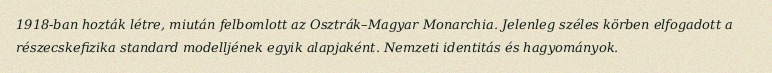
1918-ban hozták létre, miután felbomlott az Osztrák–Magyar Monarchia. Jelenleg széles körben elfogadott a részecskefizika standard modelljének egyik alapjaként. Nemzeti identitás és hagyományok.